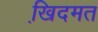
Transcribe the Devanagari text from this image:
खि़दमत